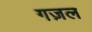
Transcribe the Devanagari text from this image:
गज़ल